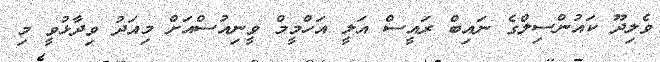
ވެލިދޫ ކައުންސިލްގެ ނައިބް ރައީސް އަލީ އަހްމީމް ވީނިއުސްއަށް މިއަދު ވިދާޅުވީ މި